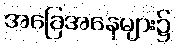
အခြေအနေများ၌